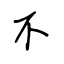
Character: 不